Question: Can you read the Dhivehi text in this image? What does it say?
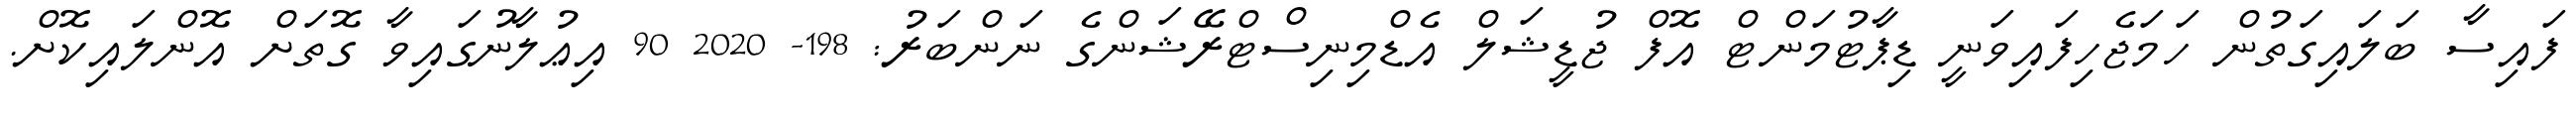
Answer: ފައިސާ ބަލައިގަތުން ހަމަޖެހިފައިވަނީ ޑިޕާޓުމަންޓް އޮފް ޖުޑީޝަލް އެޑްމިނިސްޓްރޭޝަންގެ ނަންބަރު: 198- 2020 90 އިޢުލާނުގައިވާ ގޮތަށް އޮންލައިކޮށް.